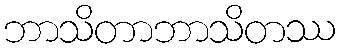
ဘာသိတာဘာသိတဿ